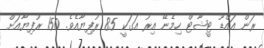
ރަން އައްޑޫ ޓީޝާޓް ހިމެނޭ އިރު އަގަކީ 85 ރުފިޔާއެވެ. 150 ރުފިޔާއަށް